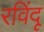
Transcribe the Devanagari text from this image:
रविंदू